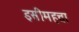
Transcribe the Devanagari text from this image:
इसीमहत्ता